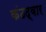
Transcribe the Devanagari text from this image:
कंठद्वार